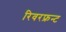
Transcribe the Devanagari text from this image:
रिवरफ्रन्ट